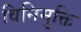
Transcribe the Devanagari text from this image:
विनिमुक्ति